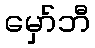
မှော်ဘီ